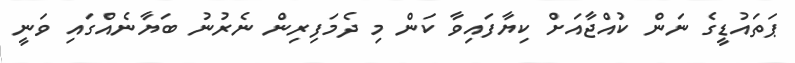
ޕަތައުޑީގެ ނަން ކުއްޖާއަށް ކިޔާފައިވާ ކަން މި ދެމަފިރިން ނެރުނު ބަޔާނެއްގައި ވަނީ